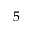
5